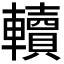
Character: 𨏔